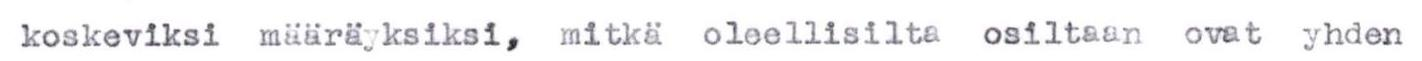
koskeviksi määräyksiksi, mitkä oleellisilta osiltaan ovat yhden